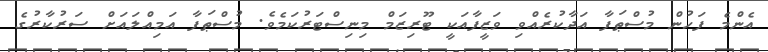
އެންމެ ފަހުން މުސްޠަފާ އަދާކުރެއްވި ވަޒީފާއަކީ ޓޫރިޒަމް މިނިސްޓަރުކަމެވެ. މުސްޠަފާ އަމިއްލައަށް ސަރުކާރުގެ